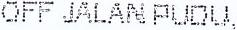
OFF JALAN PUDU,